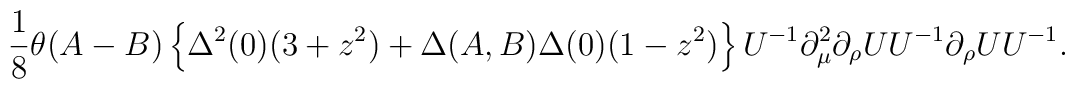
\frac18 \theta(A - B)\left\{\Delta^2 (0) (3+z^2) + \Delta(A,B) \Delta (0) (1-z^2)\right\} U^{-1}   \partial^2_\mu \partial_{\rho} U  U^{-1} \partial_{\rho} U  U^{-1}.